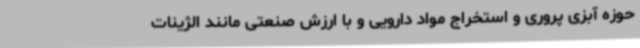
حوزه آبزی پروری و استخراج مواد دارویی و با ارزش صنعتی مانند الژینات